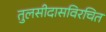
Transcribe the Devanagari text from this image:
तुलसीदासविरचित